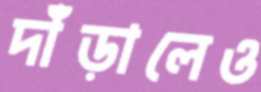
দাঁড়ালেও